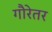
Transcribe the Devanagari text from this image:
गौरेतर